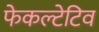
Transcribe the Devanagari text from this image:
फेकल्टेटिव